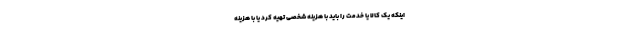
اینکه یک کالا یا خدمت را باید با هزینه شخصی تهیه کرد یا با هزینه